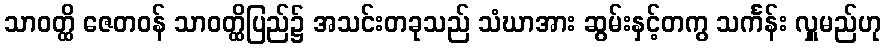
သာဝတ္ထိ ဇေတဝန် သာဝတ္ထိပြည်၌ အသင်းတခုသည် သံဃာအား ဆွမ်းနှင့်တကွ သင်္ကန်း လှူမည်ဟု